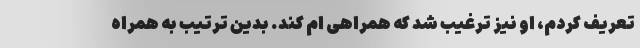
تعریف کردم، او نیز ترغیب شد که همراهی ام کند. بدین ترتیب به همراه